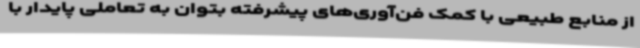
از منابع طبیعی با کمک فن‌آوری‌های پیشرفته بتوان به تعاملی پایدار با